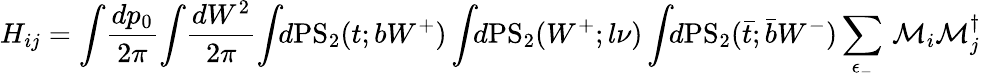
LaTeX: H_{ij}=\int\! \frac{dp_{0}}{2\pi}\! \int\! \frac{dW^{2}}{2\pi}\! \int\! \! d\mathrm{PS}_{2}(t;bW^{+})\int\! \! d\mathrm{PS}_{2}(W^{+};l\nu)\int\! \! d\mathrm{PS}_{2}(\bar{t};\bar{b}W^{-})\sum_{\epsilon_{-}}\, {\cal M}_{i}{\cal M}_{j}^{\dagger}